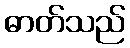
ဓာတ်သည်